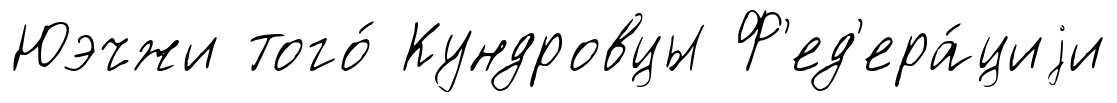
Юэчжи того́ Кундровцы Ф'ед'ера́циjи